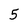
Character: 5